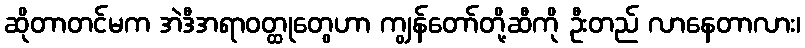
ဆိုတာတင်မက အဲဒီအရာဝတ္ထုတွေဟာ ကျွန်တော်တို့ဆီကို ဦးတည် လာနေတာလား၊